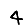
Digit: 4